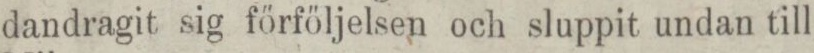
dandragit sig förföljelsen och sluppit undan till